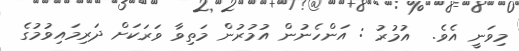
މިވަނީ އެވެ.  އުމުރު : އަންހެނުން އުމުރުން މަތިވާ ވަރަކަށް ދަރިމައިވުމުގެ